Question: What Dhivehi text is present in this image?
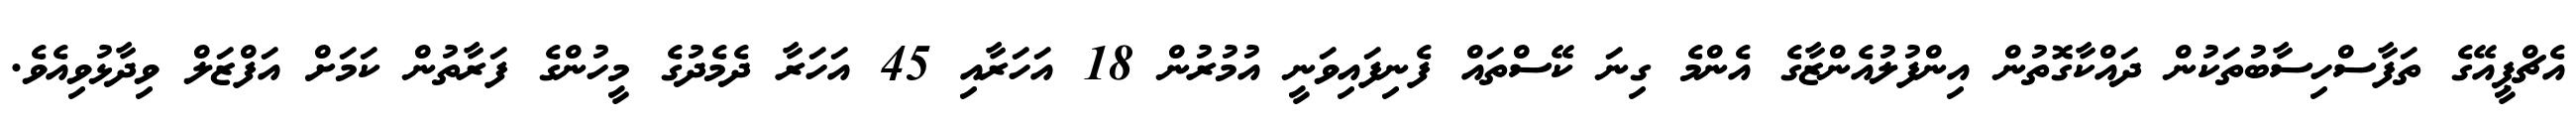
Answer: އެޗްޕީއޭގެ ތަފާސްހިސާބުތަކުން ދައްކާގޮތުން އިންފުލުއެންޒާގެ އެންމެ ގިނަ ކޭސްތައް ފެނިފައިވަނީ އުމުރުން 18 އަހަރާއި 45 އަހަރާ ދެމެދުގެ މީހުންގެ ފަރާތުން ކަމަށް އަފްޒަލް ވިދާޅުވިއެވެ.